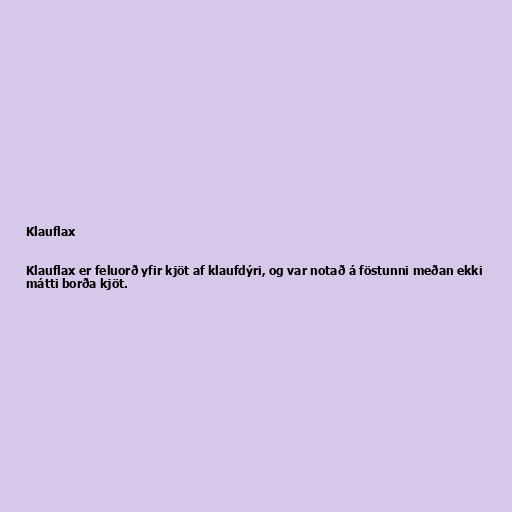
Klauflax

Klauflax er feluorð yfir kjöt af klaufdýri, og var notað á föstunni meðan ekki
mátti borða kjöt.